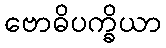
ဗောဓိပက္ခိယာ